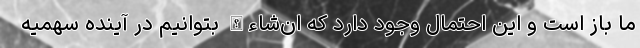
ما باز است و این احتمال وجود دارد که ان‌شاءالله بتوانیم در آینده سهمیه